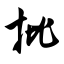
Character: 批